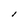
Character: l